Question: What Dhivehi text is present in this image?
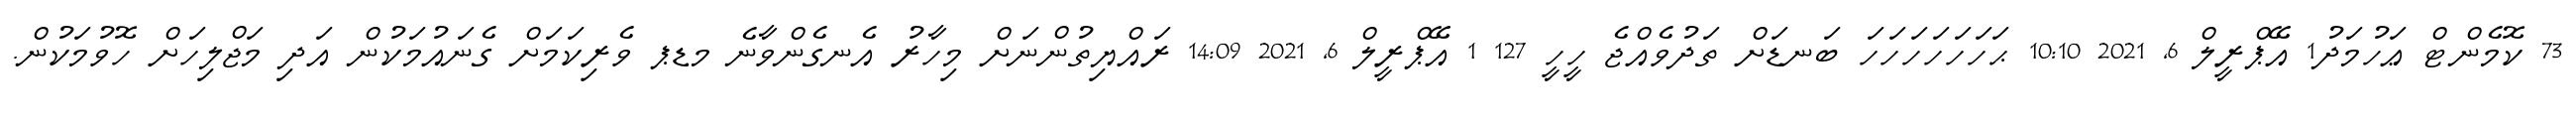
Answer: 73 ކޮމެންޓް ޢަހުމަދު1 އޭޕްރީލް 6, 2021 10:10 ޙަހަހަހަހަހަހަ ބަނޑަށް ތަދުވެއްޖެ ހީހީ 127 1 އޭޕްރީލް 6, 2021 14:09 ރައްޔިތުންނަށް މިހާރު އެނގެންވާނެ މޑޕ ވެރިކަމަށް ގެނައުމަކުން އަދި މަޖްލިހަށް ހޮވުމަކުން.